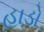
હાડો